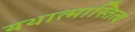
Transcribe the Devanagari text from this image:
यथात्मास्तित्वं